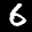
Label: 6